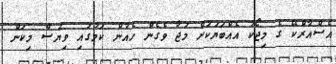
އެސްއާރްކޭ ގެ މިޖޯކު އެއްބަޔަކަށް މަޖާ ވެގެން ހެއުން ކަމުގައި ވިޔަސް މިކަން